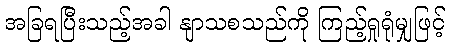
အခြရပြီးသည့်အခါ နျာသစသည်ကို ကြည့်ရှုရုံမျှဖြင့်